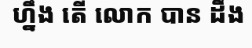
ហ្នឹង តើ លោក បាន ដឹង